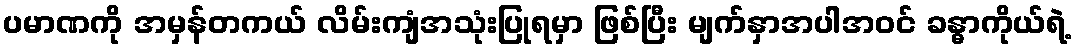
ပမာဏကို အမှန်တကယ် လိမ်းကျံအသုံးပြုရမှာ ဖြစ်ပြီး မျက်နှာအပါအဝင် ခန္ဓာကိုယ်ရဲ့